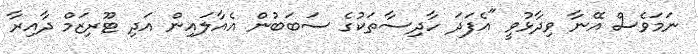
ނަމަވެސް އޭނާ ވިދާޅުވީ "އެފަދަ ހާދިސާތަކުގެ ސަބަބުން އެއާލައިން އަދި ޓޫރިޒަމް ދާއިރާ